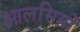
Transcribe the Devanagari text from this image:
आलसियों